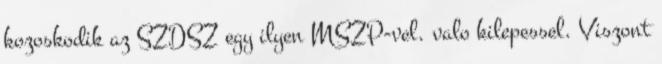
kozoskodik az SZDSZ egy ilyen MSZP-vel. valo kilepessel. Viszont